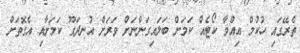
ތެރޭގައި ހުކުމް އިއްވާ ކޯޓެއް ކަމަށް ބަލައިގަންނަށް ވަރަށް އުނދަގޫ ކަމަށާއި އެގޮތަށް